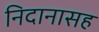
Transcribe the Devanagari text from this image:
निदानासह